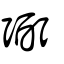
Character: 弼